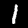
Label: 1